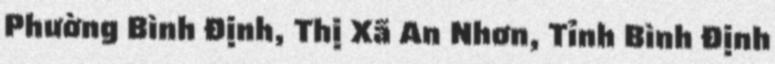
Phường Bình Định, Thị Xã An Nhơn, Tỉnh Bình Định